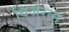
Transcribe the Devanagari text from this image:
विजेरत्न